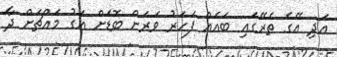
އަދި އޭގެ ތެރޭގައި ބައެއް ފަހަރު ވަރަށް ބޮޑަށް އަގު މައްޗަށް ދާ